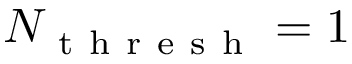
N _ { \mathrm { ~ t ~ h ~ r ~ e ~ s ~ h ~ } } = 1